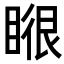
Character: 𭿉